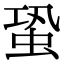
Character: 蛩